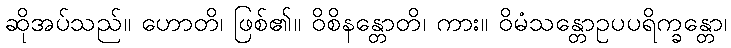
ဆိုအပ်သည်။ ဟောတိ၊ ဖြစ်၏။ ဝိစိနန္တောတိ၊ ကား။ ဝိမံသန္တောဥပပရိက္ခန္တော၊